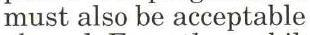
must also be acceptable